Annual administration report of the Civil Veterinary Department of India - 1894-1895
Year: 1894
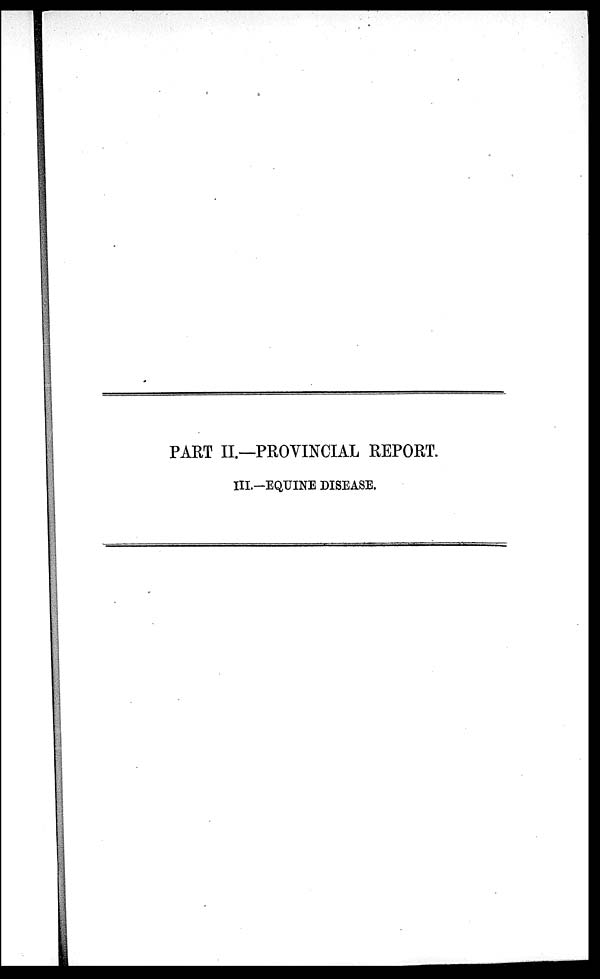
PART II.—PROVINCIAL REPORT.
III.-EQUINE DISEASE.